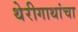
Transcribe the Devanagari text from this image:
थेरीगाथांचा